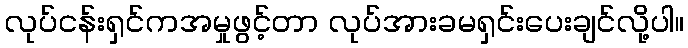
လုပ်ငန်းရှင်ကအမှုဖွင့်တာ လုပ်အားခမရှင်းပေးချင်လို့ပါ။